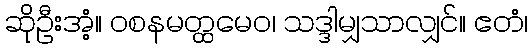
ဆိုဦးအံ့။ ဝစနမတ္ထမေဝ၊ သဒ္ဒါမျှသာလျှင်။ ဧတံ၊